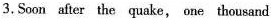
3.Soon after the quake, one thousand